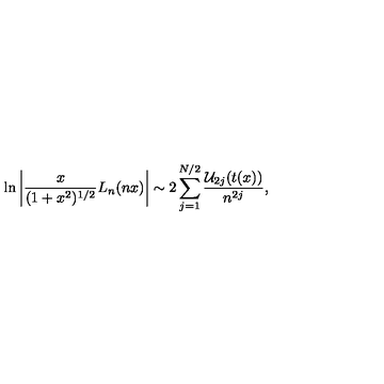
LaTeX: \ln \left\vert { \frac { x } { ( 1 + x ^ { 2 } ) ^ { 1 / 2 } } } L _ { n } ( n x ) \right\vert \sim 2 \sum _ { j = 1 } ^ { N / 2 } { \frac { { \cal U } _ { 2 j } ( t ( x ) ) } { n ^ { 2 j } } } ,